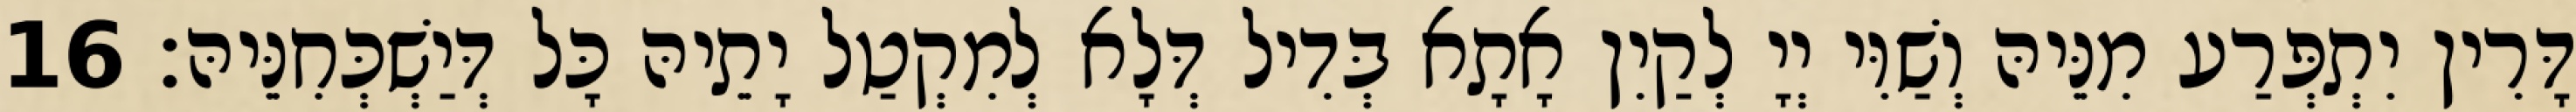
דָּרִין יִתְפְּרַע מִנֵּיהּ וְשַׁוִּי יְיָ לְקַיִן אָתָא בְּדִיל דְּלָא לְמִקְטַל יָתֵיהּ כָּל דְּיַשְׁכְּחִנֵּיהּ׃ 16